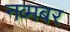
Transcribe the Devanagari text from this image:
नव्मबर